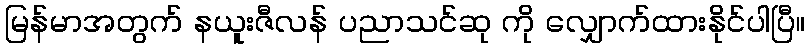
မြန်မာအတွက် နယူးဇီလန် ပညာသင်ဆု ကို လျှောက်ထားနိုင်ပါပြီ။